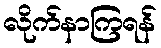
လိုက်နာကြရန်